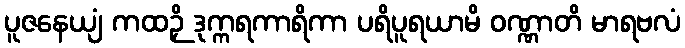
ပူဇနေယျံ ကထဉှိ ဒုက္ကရကာရိကာ ပရိပူရယာမိ ဝဏ္ဏာတိ မာရဗလံ